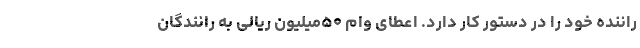
راننده خود را در دستور کار دارد. اعطای وام ۵۰میلیون ریالی به رانندگان